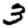
Digit: 3